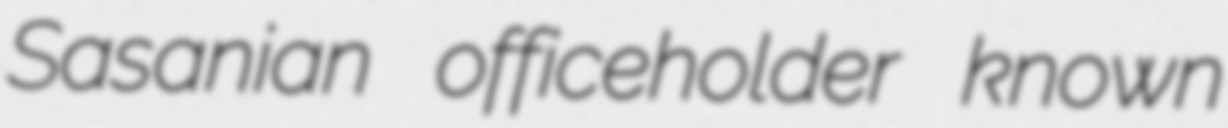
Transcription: Sasanian officeholder known